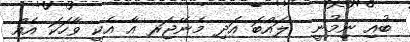
ބުއި ނިމުނީ  ލައްބަ އަދި މެނޭޖަރ އާ އެކީ ވާހަކަ އެއް